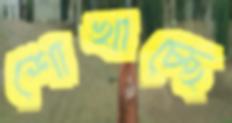
শোখাচ্ছে